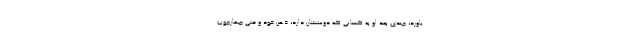
یاورد، چندی بعد او به کسانی که دوستشان دارد، ذهن خود و حتی چهارچوب